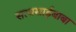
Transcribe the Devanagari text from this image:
सत्यसाईबाबा